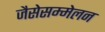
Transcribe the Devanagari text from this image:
जैसेसम्मेलन